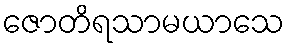
ဇောတိရသာမယာသေ